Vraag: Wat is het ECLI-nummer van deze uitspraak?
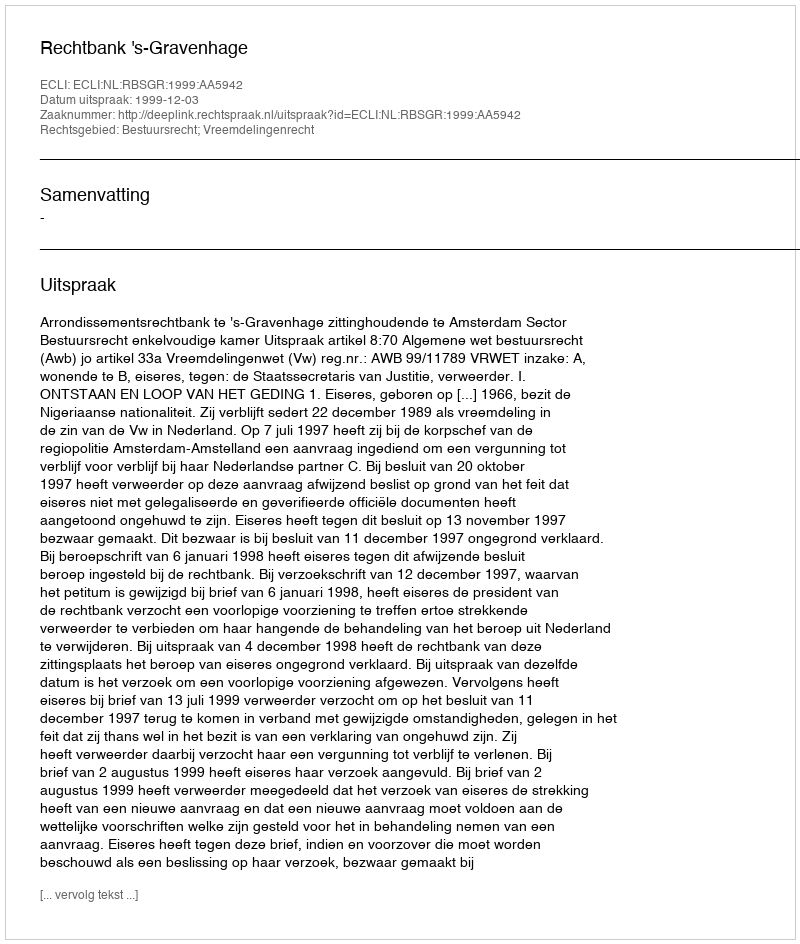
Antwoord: ECLI:NL:RBSGR:1999:AA5942